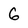
Character: 6